Malaria in the Punjab - Number 46
Disease focus: Malaria
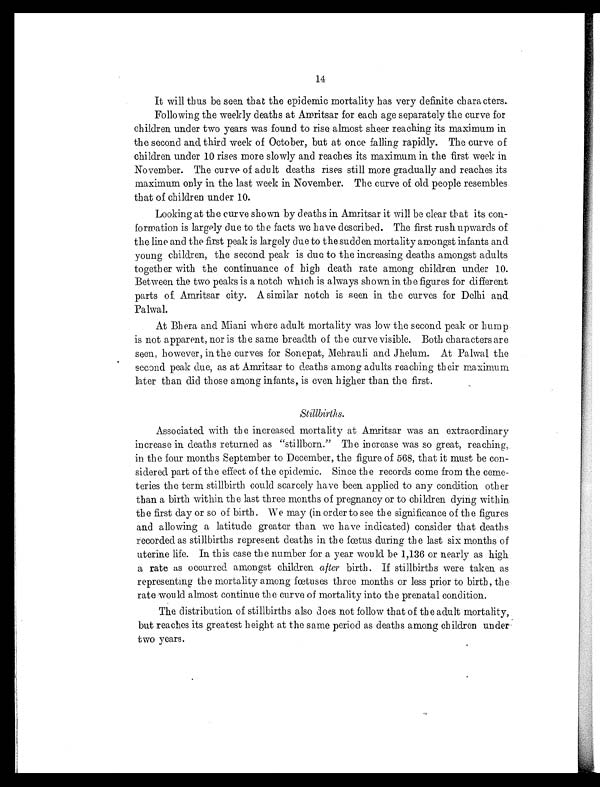
14
It will thus be seen that the epidemic mortality has very definite characters.
Following the weekly deaths at Amritsar for each age separately the curve for
children under two years was found to rise almost sheer reaching its maximum in
the second and third week of October, but at once falling rapidly. The curve of
children under 10 rises more slowly and reaches its maximum in the first week in
November. The curve of adult deaths rises still more gradually and reaches its
maximum only in the last week in November. The curve of old people resembles
that of children under 10.
Looking at the curve shown by deaths in Amritsar it will be clear that its con-
formation is largely due to the facts we have described. The first rush upwards of
the line and the first peak is largely due to the sudden mortality amongst infants and
young children, the second peak is due to the increasing deaths amongst adults
together with the continuance of high death rate among children under 10.
Between the two peaks is a notch which is always shown in the figures for different
parts of Amritsar city. A similar notch is seen in the curves for Delhi and
Palwal.
At Bhera and Miani where adult mortality was low the second peak or hump
is not apparent, nor is the same breadth of the curve visible. Both characters are
seen, however, in the curves for Sonepat, Mehrauli and Jhelum. At Palwal the
second peak due, as at Amritsar to deaths among adults reaching their maximum
l a t e r t h a n d i d t h o s e a mo n g i n f a n t s , i s e v e n h i g h e r t h a n t h e f i r s t .
Stillbirths.
Associated with the increased mortality at Amritsar was an extraordinary
increase in deaths returned as "stillborn." The increase was so great, reaching,
in the four months September to December, the figure of 568, that it must be con-
sidered part of the effect of the epidemic. Since the records come from the ceme-
teries the term stillbirth could scarcely have been applied to any condition other
than a birth within the last three months of pregnancy or to children dying within
the first day or so of birth. We may (in order to see the significance of the figures
and allowing a latitude greater than we have indicated) consider that deaths
recorded as stillbirths represent deaths in the fœtus during the last six months of
uterine life. In this case the number for a year would be 1,136 or nearly as high
a rate as occurred amongst children after birth. If stillbirths were taken as
representing the mortality among fœtuses three months or less prior to birth, the
rate would almost continue the curve of mortality into the prenatal condition.
The distribution of stillbirths also does not follow that of the adult mortality,
but reaches its greatest height at the same period as deaths among children under
two years.